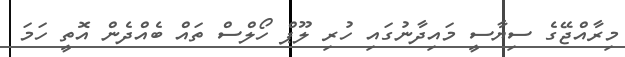
މިރާއްޖޭގެ ސިޔާސީ މައިދާނުގައި ހުރި ލޫޕް ހޯލްސް ތައް ބެއްދެން އޮތީ ހަމަ